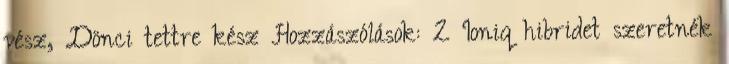
vész, Dönci tettre kész Hozzászólások: 2 Ioniq hibridet szeretnék